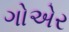
ગોએર